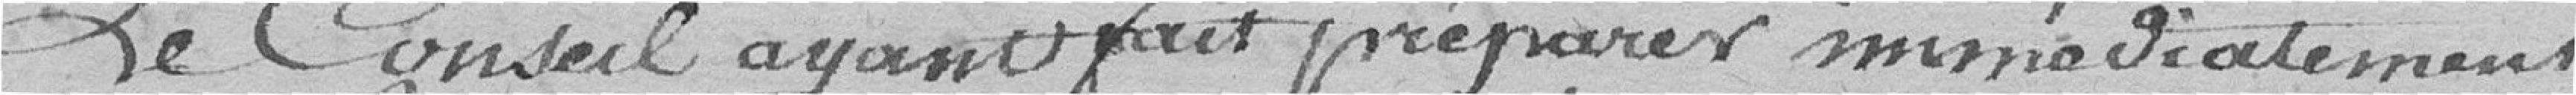
Le Conseil ayant fait préparer immédiatement